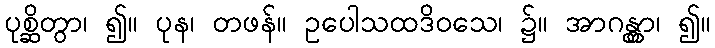
ပုစ္ဆိတွာ၊ ၍။ ပုန၊ တဖန်။ ဥပေါသထဒိဝသေ၊ ၌။ အာဂန္တွာ၊ ၍။